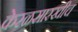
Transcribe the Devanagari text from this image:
केरळसारखीच